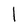
Character: l